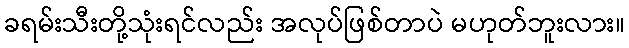
ခရမ်းသီးတို့သုံးရင်လည်း အလုပ်ဖြစ်တာပဲ မဟုတ်ဘူးလား။